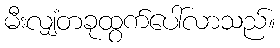
မီးလျှံတခုထွက်ပေါ်လာသည်။